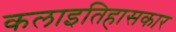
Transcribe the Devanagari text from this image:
कलाइतिहासकार